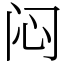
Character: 闷